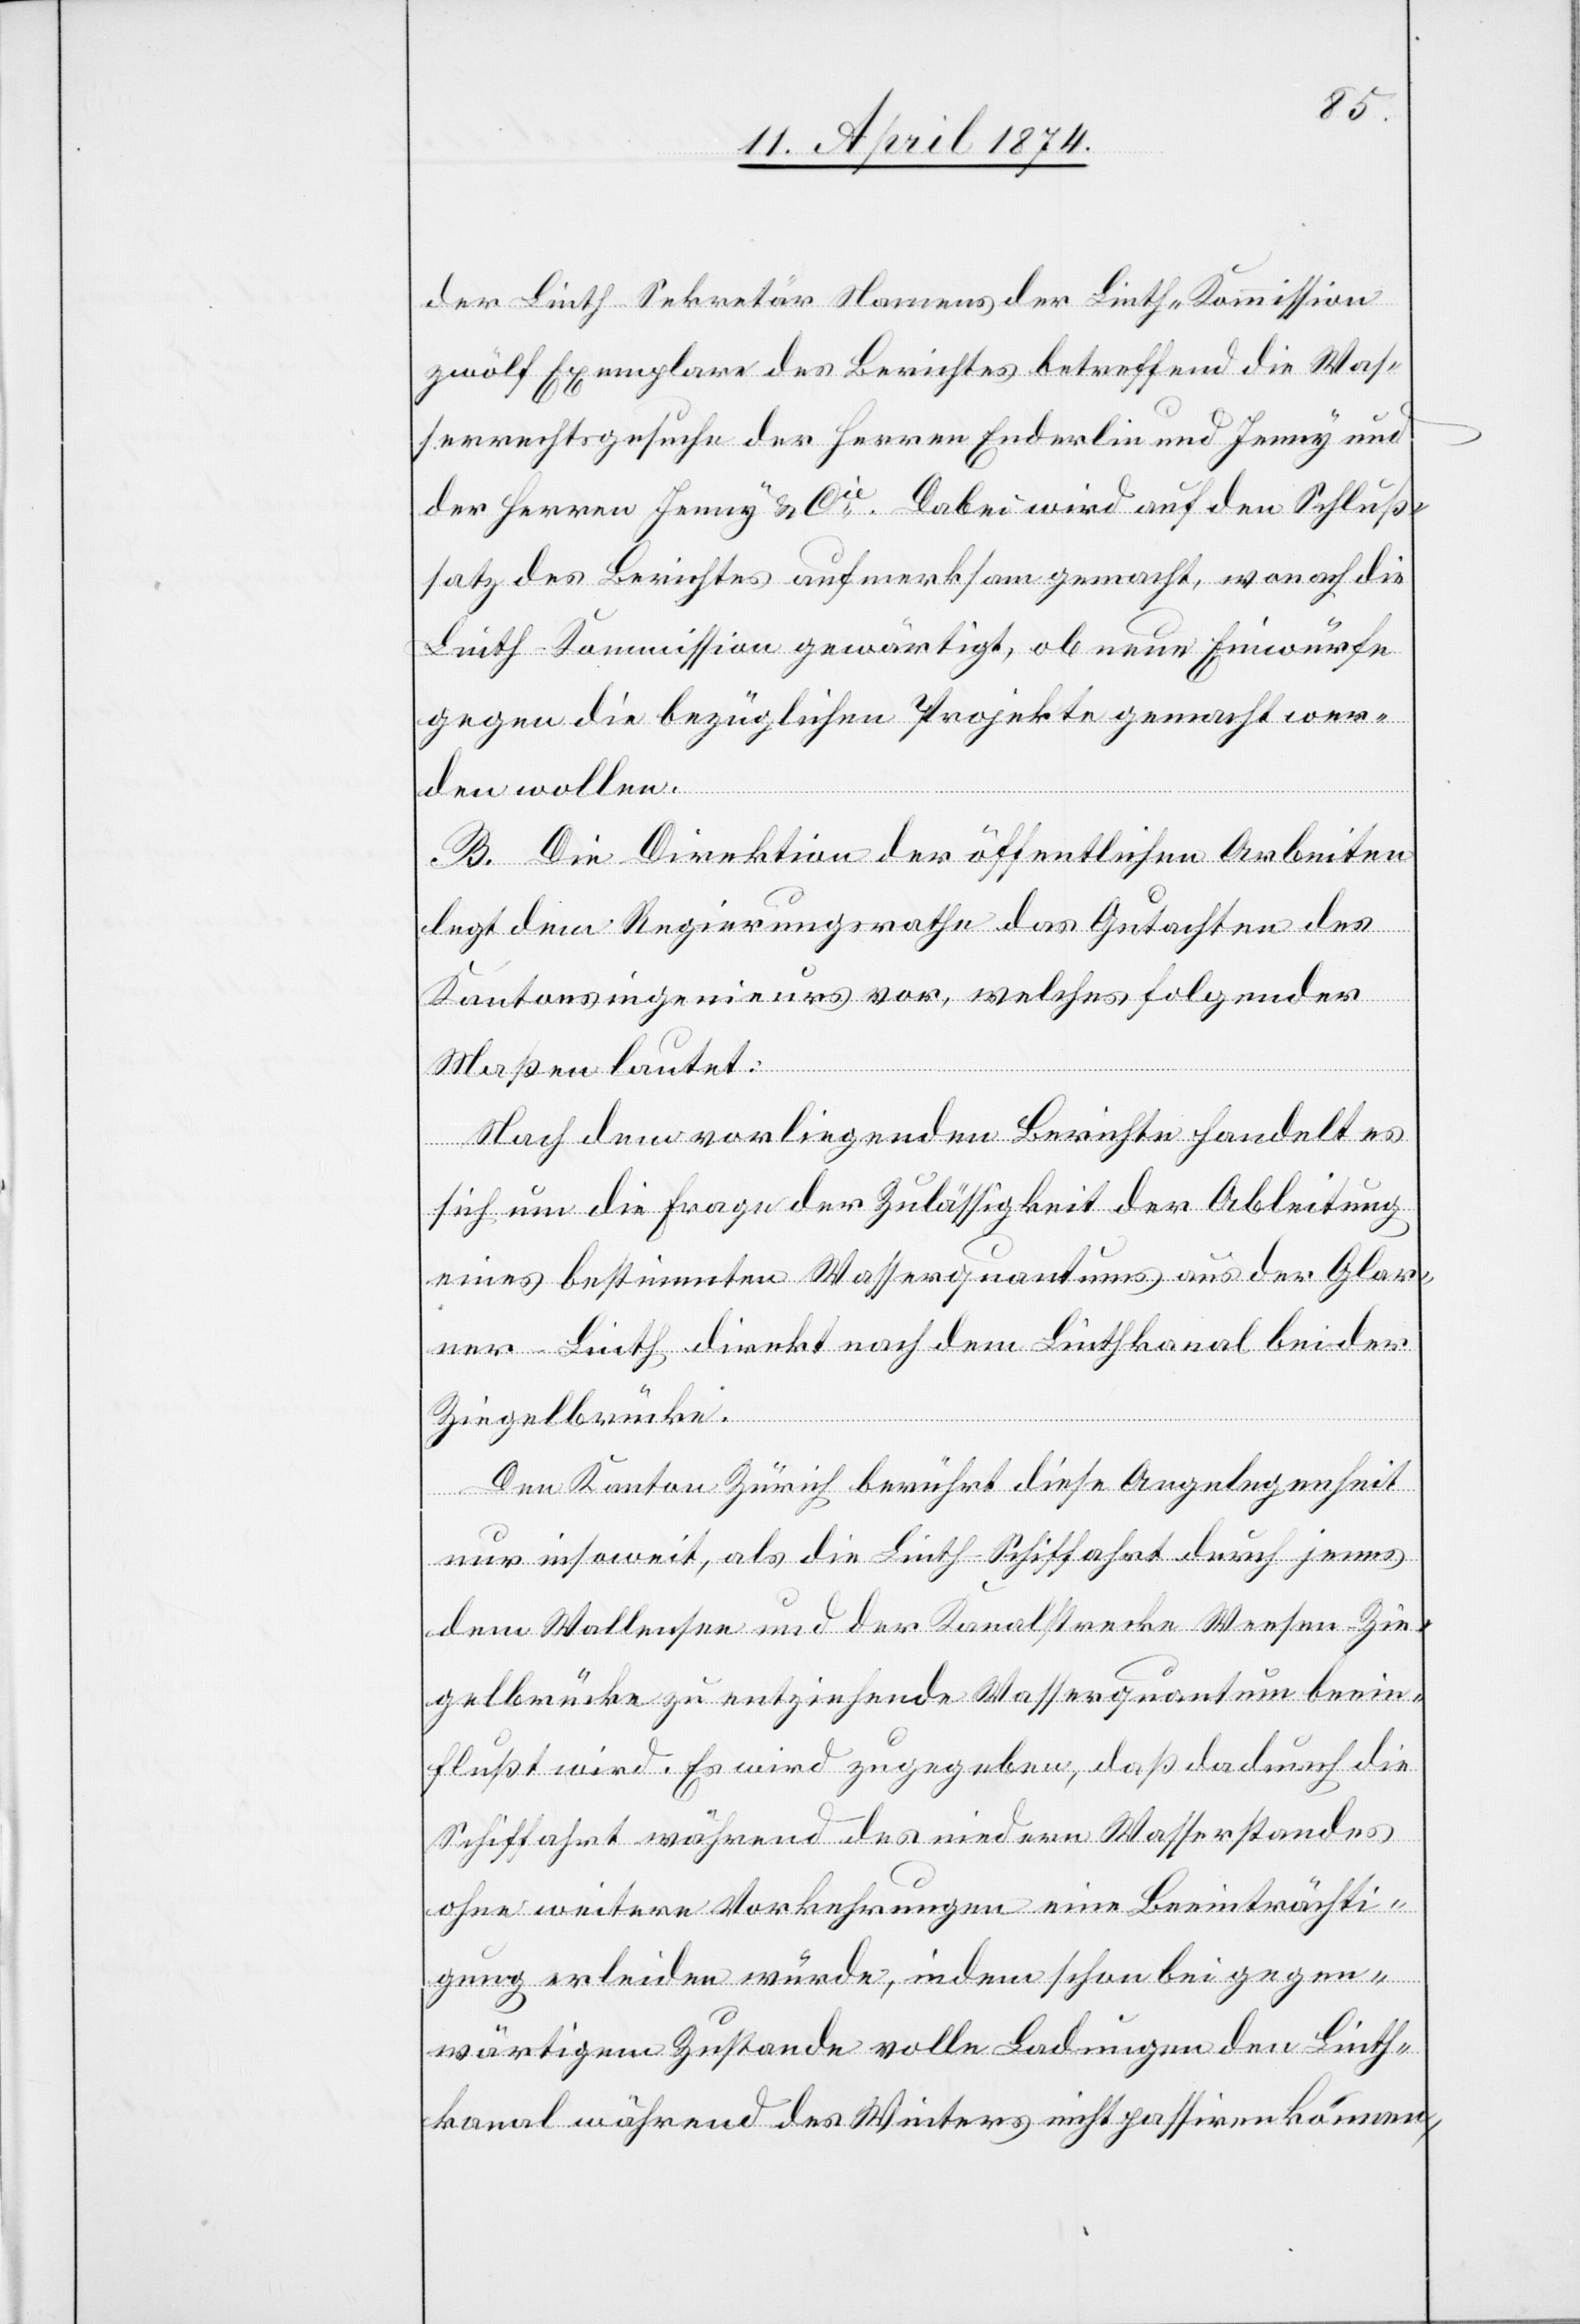
der Linth Sekretär Namens der Linth-Kommission
zwölf Exemplare des Berichtes betreffend die Was¬
serrechtsgesuche der Herren Enderlin und Jenny und
der Herren Jenny u. Cie. Dabei wird auf den Schluß¬
satz des Berichtes aufmerksam gemacht, wonach die
Linth-Kommission gewärtigt, ob neue Einwürfe
gegen die bezüglichen Projekte gemacht wer¬
den wollen.
B. Die Direktion der öffentlichen Arbeiten
legt dem Regierungsrathe das Gutachten des
Kantonsingenieurs vor, welches folgender
Maßen lautet:
Nach dem vorliegenden Berichte handelt es
sich um die Frage der Zulässigkeit der Ableitung
eines bestimmten Wasserquantums aus der Glar¬
ner-Linth direkt nach dem Linthkanal bei der
Ziegelbrücke.
Den Kanton Zürich berührt diese Angelegenheit
nur insoweit, als die Linth-Schiffahrt durch jenes
dem Wallensee und der Kanalstrecke Weesen-Zie¬
gelbrücke zu entziehende Wasserquantum beein¬
flußt wird. Es wird zugegeben, daß dadurch die
Schiffahrt während des niedern Wasserstandes
ohne weitere Vorkehrungen eine Beeinträchti¬
gung erleiden würde, indem schon bei gegen¬
wärtigem Zustande volle Ladungen den Linth¬
kanal während des Winters nicht passiren können,